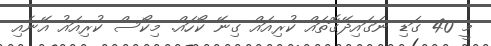
މީ 40 ގަޑި ނަގައިދޭގޮތައް ކުރިއައް ގިނޭ ކޯހައް. މިކޯސް ކުރިއައު އޭނެއި